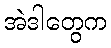
အဲဒါတွေက